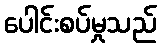
ပေါင်းစပ်မှုသည်